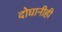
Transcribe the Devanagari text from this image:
दोघानीही